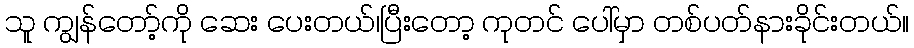
သူ ကျွန်တော့်ကို ဆေး ပေးတယ်၊ပြီးတော့ ကုတင် ပေါ်မှာ တစ်ပတ်နားခိုင်းတယ်။